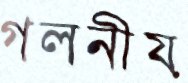
গলনীয়